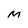
Character: M